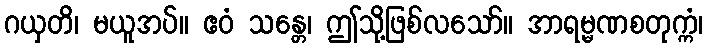
ဂယှတိ၊ မယူအပ်။ ဧဝံ သန္တေ၊ ဤသို့ဖြစ်လသော်။ အာရမ္မဏစတုက္ကံ၊